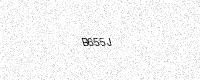
Text: B655J